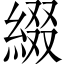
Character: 綴